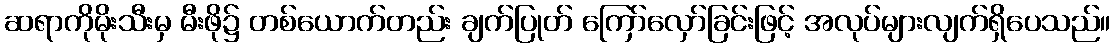
ဆရာကိုမိုးသီးမှ မီးဖို၌ တစ်ယောက်တည်း ချက်ပြုတ် ကြော်လှော်ခြင်းဖြင့် အလုပ်များလျက်ရှိပေသည်။